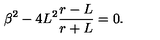
\beta ^ { 2 } - 4 L ^ { 2 } \frac { r - L } { r + L } = 0 .